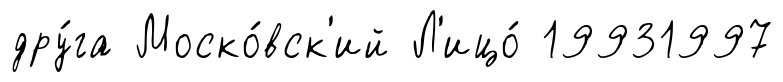
дру́га Моско́вск'ий Л'ицо́ 19931997